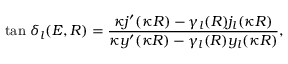
\mathrm { t a n } \; \delta _ { l } ( E , R ) = \frac { \kappa j ^ { \prime } ( \kappa R ) - \gamma _ { l } ( R ) j _ { l } ( \kappa R ) } { \kappa y ^ { \prime } ( \kappa R ) - \gamma _ { l } ( R ) y _ { l } ( \kappa R ) } ,